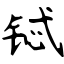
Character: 铽